Vital statistics of India. Vol. VI, European troops 1870-79
Year: 1870
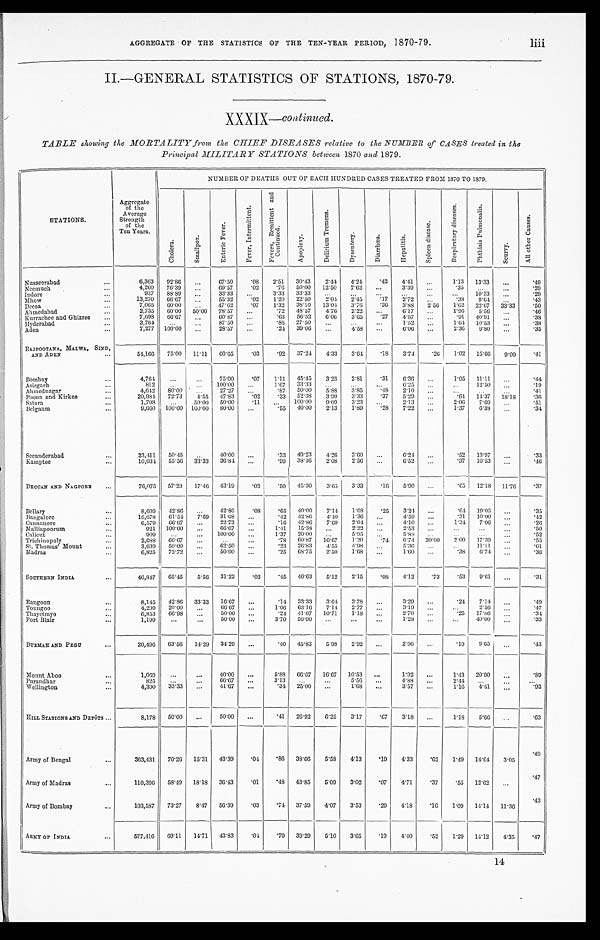
AGGREGATE OF THE STATISTICS OF THE TEN-YEAR PERIOD, 1870-79. liii
II.—GENERAL STATISTICS OF STATIONS, 1870-79.
XXXIX— continued.
TABLE showing the MORTALITY from the CHIEF DISEASES relative to the NUMBER of CASES treated in the
Principal MILITARY STATIONS between 1870 and 1879.
STATIONS.
Aggregate
of the
Average
Strength
of the
Ten Years.
NUMBER OF DEATHS OUT OF EACH HUNDRED CASES TREATED FROM 1870 TO 1879.
C h o l e r a .
S ma l l p o x .
E n t e r i c F e v e r .
F e v e r , I n t e r m i t t e n t .
F e v e r s , R e m i t t e n t a n d C o n t i n u e d .
Ap o p l e x y .
D e l i r i u m T r e m e n s .
D y s e n t e r y .
D i a r r h œ a .
He p a t i t i s .
S p l e e n d i s e a s e .
R e s p i r a t o r y d i s e a s e s .
P h t h i s i s P u l m o n a l i s .
Sc ur vy.
A l l o t h e r C a u s e s .
Nusseerabad
...
6,363 92.86 ...
67.50
. 0 8 2.51 30.43
2.44 4.24
. 4 2 4.41
. . .
1.13 13.33 ...
.49
Neemuch
...
4,260 76.39 ...
69.57
. 0 2 .76 50.00 12.50 7.62 ...
3.39 ...
. 3 5
. . .
. . . .29
Indore
. . .
937 88.89 ...
33.33 ...
3.33 33.33 ...
... ...
. . . ...
. . . 10.53 .
. .
.29
Mhow
...
13,270 66.67 ...
55.32
. 0 2 1.20 22.50
2.04 2.45 .17
2.72 ...
.38
9. 64
. . .
.43
Deesa
. . .
7,065 60.00 ...
47.62
. 0 7 1.32 38.10 13.0 4 3.76
.36 3.88 2.56 1.62 22.67 33.33
.50
Ahmedabad
. . .
2 , 7 3 5 60.00 50.00 78.57 ...
.72 48.57 4.76 2.22 ...
6.17 ...
1.96 5.56 ...
.46
Kurrachee and Ghizree ...
7,698 66.67 ...
60.87 ...
.63 56.52 6.06 3.65
.27 4.57 ...
.91 40.91. . . .
.38
Hyderabad
. . .
3,764
. . . ... 87.50 ...
.85 27.50 . . .
...
. . . 1.52 ...
1.64 10.53 ...
.38
Aden
. . .
7,277 100.00
. . .
28.57 ...
.24 39.06
...
4.58
. . . 6.06 ...
2.36 9.80 ...
.35
RAJPOOTANA, MALWA, SIND,
A N D A D E N . . .
54,166 75.00 11.11 60.65
.03
.92 37.24 4.33 3.64 .18 3.74 .26 1.02 15.66 9.09
.41
Bombay
. . .
4,764 ...
...
75.00 .07 1.11 45.45 3.23 2.81 .31 6.36
. . . 1.05 11.11
. . . .44
Asirgarh
...
812
. . .
... 100.00 ...
1.67 33.33 ...
...
. . . 6.25 ...
. . . 12.50 ...
.19
Ahmednagar
...
4,642 80.00 ...
27.27 ...
.87 50.00 5.88 3.85 .48 2.10 ...
. . .
. . .
. . .
.41
Poona and Kirkee
. . .
20,984 72.73
4. 55 47.83
.02
.33 52.38 3.90 3.33
.37 5.29 ...
.64 14.37 18.18
.36
Satara
...
1,708
. . . 50.00 50.00 .11 ... 100.00 9.09 3.23 ...
2.13 ...
2.06 7.69 ...
.51
Belgaum
...
9,660 100.00 100.00 80.00 ...
.55 40.00 2.13 1.89 .28 7.22 ...
1.37 6.38 ...
.34
Secunderabad
. . .
23,411 50.45 ...
40.00 ...
.33 49.23 4.26 3.60 ...
6.24 ...
.52 13.97 ...
.33
Kamptee
...
10,034 55.56 33.33 36.84 ...
.99 38.46 2.08 2.56 ...
6.52 ...
.37 10.53 ...
.46
DECCAN AND NAGPORE ...
76,075 57.29 17.46 43.19
.02
.50 45.30 3.65 3.33
.16 5.90 ...
.65 12.18 11.76 .37
Bellary
...
8,609 42.86 ...
42.80
.08
.65 40.00 7.14 1.68
.25 3.24 ...
. 6 4 19.05 ...
.35
Bangalore
. . .
16,678 61.54 7.69 31.68 ...
.42 42.86 4.40 1.36 ...
4.59 ...
.31 10.00 ...
.42
Cannanore
. . .
6,579 66.67 ...
22.73 ...
.16 42.86 7.69 2.04 ...
4.10 ...
1.34 7.06
. . .
.26
Malliapoorum
. . .
921 100.00 ...
66.67 ...
1.41 15.38 ...
2.22 ...
2.53 ...
. . .
. . .
. . .
.50
Calicut
...
909 ...
. . .
100.00 ...
1.37 20.00
. . .
5.95 ...
5.88 ...
...
. . .
. . .
.52
Trichinopoly
...
2,688
6 6 . 6 7
...
. . . ...
.78 60.87
1 6 . 6 7
1.20 .74
6 . 7 420.00
2 . 0 0
1 7 . 3 9
. . .
. 5 5
St. Thomas' Mount
...
3,639 50.00 ...
6 2 . 5 0 ...
.23 26.83 4.55 4.98 ...
5.36 ...
. . . 11.11
. . .
.61
Madras
...
6,825 72.72 ...
50.00 ...
.25 68.75 2.50
1.68
...
1 . 6 0
...
. 3 8
6 . 7 4
...
. 3 6
SOUTHERN INDIA
...
46,847 65.45 5.56 31.22
.02
.45 40.63 5.12 2.15
.08 4.12
.73
.53 9.61
. . .
.31
Rangoon
...
8,145 42.86 33.33 16.67 ...
.14 33.33 3.64 3.78 ...
3.29 ...
.24 7.14
. . .
.49
Toungoo
...
4,299 20.00 ...
66.67 ...
1.06 63.16 7.14 2.77 ...
3.19 ...
. . . 2.56 ...
.47
Thayetmyo
. . .
6,853 66.98 ...
50.00
. . .
.24 41.67 10.71 1.18 ...
2.70 ...
.25 17.86 ...
.34
Port Blair
...
1,199
...
...
50.00 ...
3.70 50.00 ...
...
...
1.28 ...
. . .
40.00
. . .
.33
BURMAH AND PEGU
...
20,496 63.56 14.29 34.29 ...
.40 45.83 5.93 2.92 ...
2.96 ...
.19 9.65
. . .
.43
Mount Aboo
...
1,069 ...
...
40.00 ...
5.88 66.67 16.67 10.53 ...
1.92 ...
1.43 20.00
. . .
.89
Purandhar
. . .
825 . . .
...
66.67 ...
3.13
. . .
. . . 5.56 ...
4.88 ...
2.44
. . .
. . .
. . .
Wellington
...
4,390 33.33
. . . 41.67 ...
.34 25.00 . . .
1.68 ...
3.57 ...
1.16
4 . 4 1
. . .
.93
HILL STATIONS AND DEPÔTS ...
8,178 50.00 ...
50.00 ...
.41 26.92 6.25 3.17 .67 3.18 ...
1.18 5.66
. . .
.63
Army of Bengal
...
363,431 70.26 15.31 43.39
.04 .86 38.66 5.58 4.13 .19 4.33
.62 1.49 14.64 3.05
.49
Army of Madras
...
110,396 58.49 18.18 36.43 .01
.48 43.85 5.09 3.02 .07 4.71
.37
.55 12.62
. . .
.47
Army of Bombay
...
103,587 73.27 8.47 56.39
.03
.74 37.59 4.07 3.53
.29 4.18
.16 1.09 14.14 11.36
.43
ARMY OF INDIA
...
577,416 69.11 14.71 43.83
.04 .79 39.29 5.10 3.65 .19 4.40
.52 1.29 14.12 4.35
.47
14